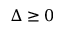
\Delta \geq 0